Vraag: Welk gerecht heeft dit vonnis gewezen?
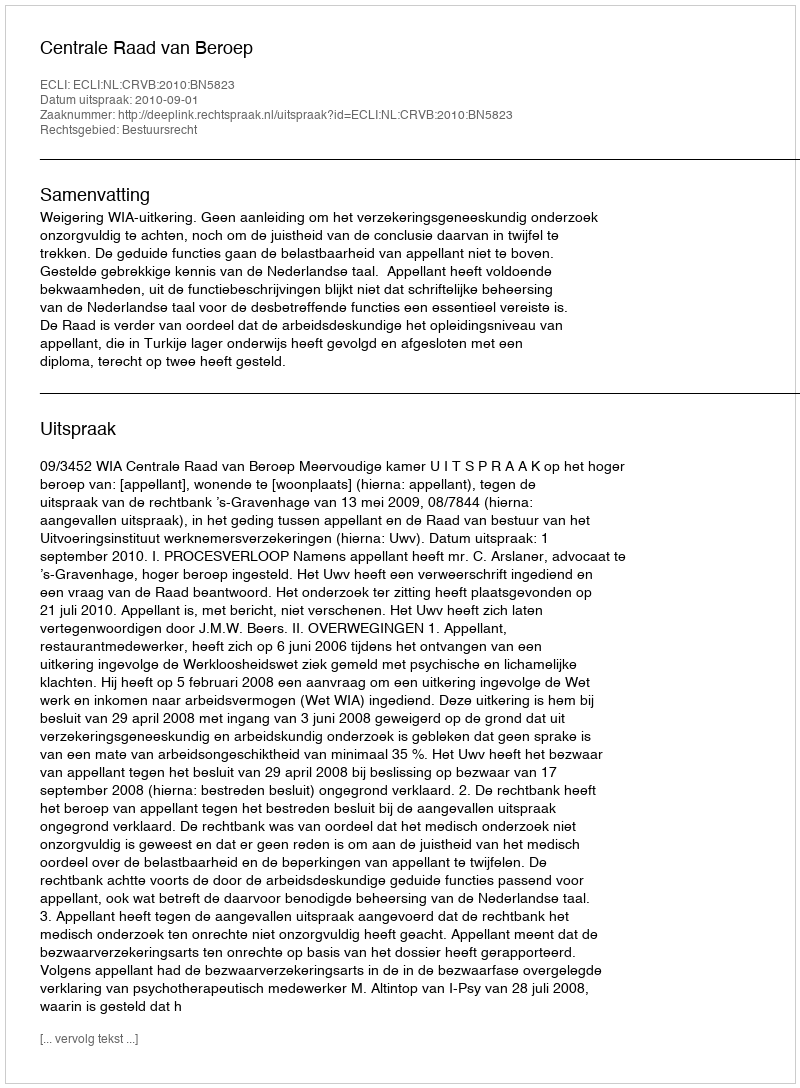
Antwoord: Centrale Raad van Beroep